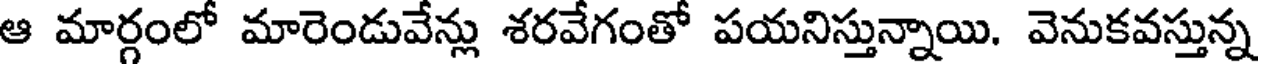
ఆ మార్గంలో మారెండువేన్లు శరవేగంతో పయనిస్తున్నాయి. వెనుకవస్తున్న